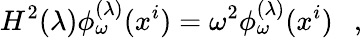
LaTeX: H^{2}(\lambda)\phi_{\omega}^{(\lambda)}(x^{i})=\omega^{2}\phi_{\omega}^{(\lambda)}(x^{i})~~~,